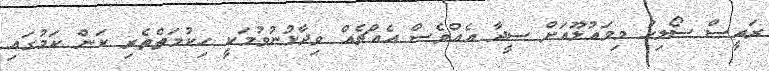
ރައީސް ސޯލިހު މިމައުލޫއަށް ސީދާ އެއްވެސް އެއްޗެއް ވިދާޅުނުވުމަކީ ހިކުމަތްތެރި ކަން ކަމުގައި